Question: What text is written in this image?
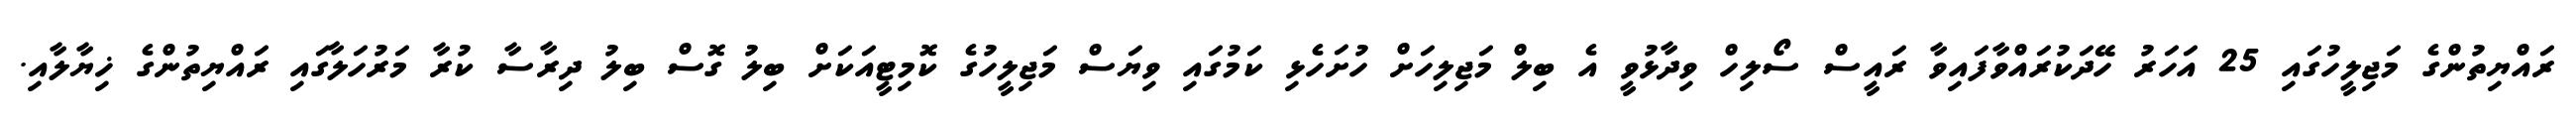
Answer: ރައްޔިތުންގެ މަޖިލީހުގައި 25 އަހަރު ހޭދަކުރައްވާފައިވާ ރައީސް ސޯލިހް ވިދާޅުވީ އެ ބިލް މަޖިލިހަށް ހުށަހެޅި ކަމުގައި ވިޔަސް މަޖިލީހުގެ ކޮމިޓީއަކަށް ބިލު ގޮސް ބިލު ދިރާސާ ކުރާ މަރުހަލާގައި ރައްޔިތުންގެ ޚިޔާލާއި.